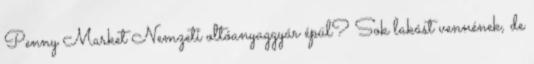
Penny Market Nemzeti oltóanyaggyár épül? Sok lakást vennének, de